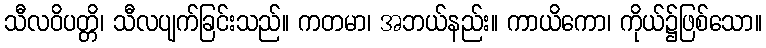
သီလဝိပတ္တိ၊ သီလပျက်ခြင်းသည်။ ကတမာ၊ အဘယ်နည်း။ ကာယိကော၊ ကိုယ်၌ဖြစ်သော။